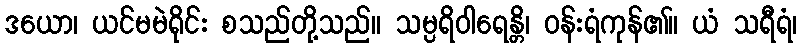
ဒယော၊ ယင်မမဲရိုင်း စသည်တို့သည်။ သမ္ပရိဝါရေန္တိ၊ ဝန်းရံကုန်၏။ ယံ သရီရံ၊